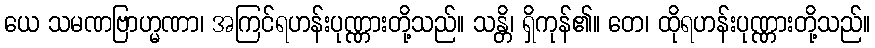
ယေ သမဏဗြာဟ္မဏာ၊ အကြင်ရဟန်းပုဏ္ဏားတို့သည်။ သန္တိ၊ ရှိကုန်၏။ တေ၊ ထိုရဟန်းပုဏ္ဏားတို့သည်။